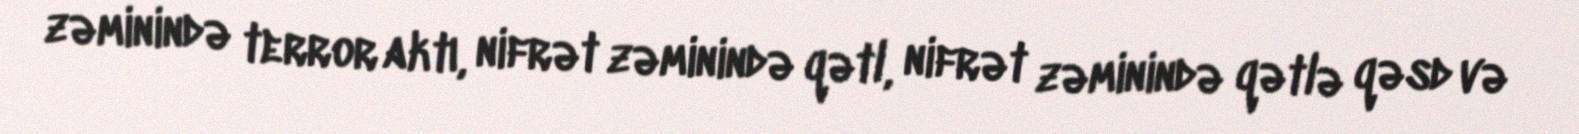
zəminində terror aktı, nifrət zəminində qətl, nifrət zəminində qətlə qəsd və